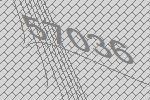
57036